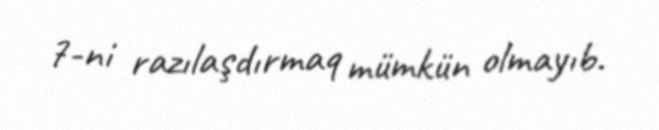
7-ni razılaşdırmaq mümkün olmayıb.